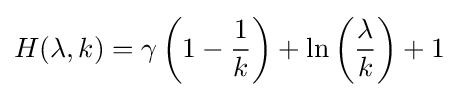
H(\lambda ,k)=\gamma \left(1-{\frac {1}{k}}\right)+\ln \left({\frac {\lambda }{k}}\right)+1